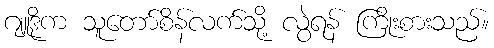
ဂျူဒိုက သူတော်စိန်လက်သို့ လွဲရန် ကြိုးစားသည်။